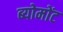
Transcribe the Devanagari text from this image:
ब्योमोंट